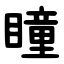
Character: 瞳